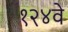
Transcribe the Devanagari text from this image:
१२४वे